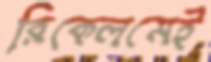
রিকেলমেই